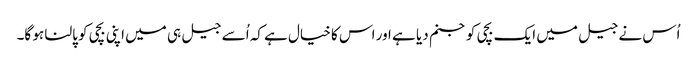
اُس نے جیل میں ایک بچی کو جنم دیا ہے اور اس کا خیال ہے کہ اُسے جیل ہی میں اپنی بچی کو پالنا ہو گا۔